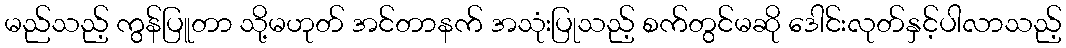
မည်သည့် ကွန်ပြူတာ သို့မဟုတ် အင်တာနက် အသုံးပြုသည့် စက်တွင်မဆို ဒေါင်းလုတ်နှင့်ပါလာသည့်